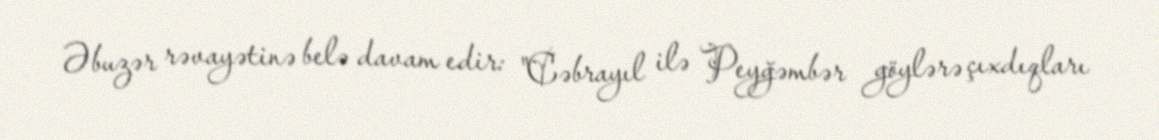
Əbuzər rəvayətinə belə davam edir: "Cəbrayıl ilə Peyğəmbər göylərə çıxdıqları